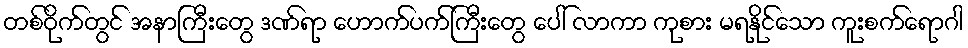
တစ်ဝိုက်တွင် အနာကြီးတွေ ဒဏ်ရာ ဟောက်ပက်ကြီးတွေ ပေါ် လာကာ ကုစား မရနိုင်သော ကူးစက်ရောဂါ